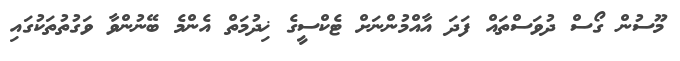
މޫސުން ގޯސް ދުވަސްތައް ފަދަ އާއްމުންނަށް ޓެކްސީގެ ޚިދުމަތް އެންމެ ބޭނުންވާ ވަގުތުތަކުގައި